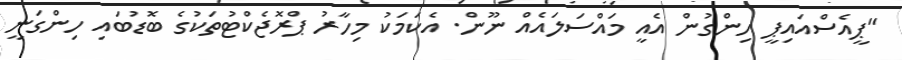
"ޕީއެސްއައިޕީ ހިންގުން އެއީ މައްސަލައެއް ނޫން. އެކަމަކު މިހާރު ޕްރޮޖެކްޓުތަކުގެ ބޮޑުބައި ހިންގަނީ